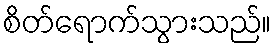
စိတ်ရောက်သွားသည်။